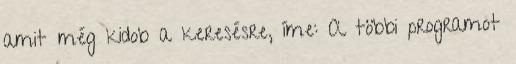
amit még kidob a keresésre, íme: A többi programot